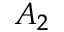
A _ { 2 }